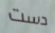
دست